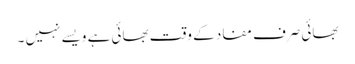
بھائی صرف مفاد کے وقت بھائی ہے ویسے نہیں ۔